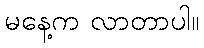
မနေ့က လာတာပါ။